Vaccination in the Punjab 1883-1896 - 1883-1896
Year: 1883
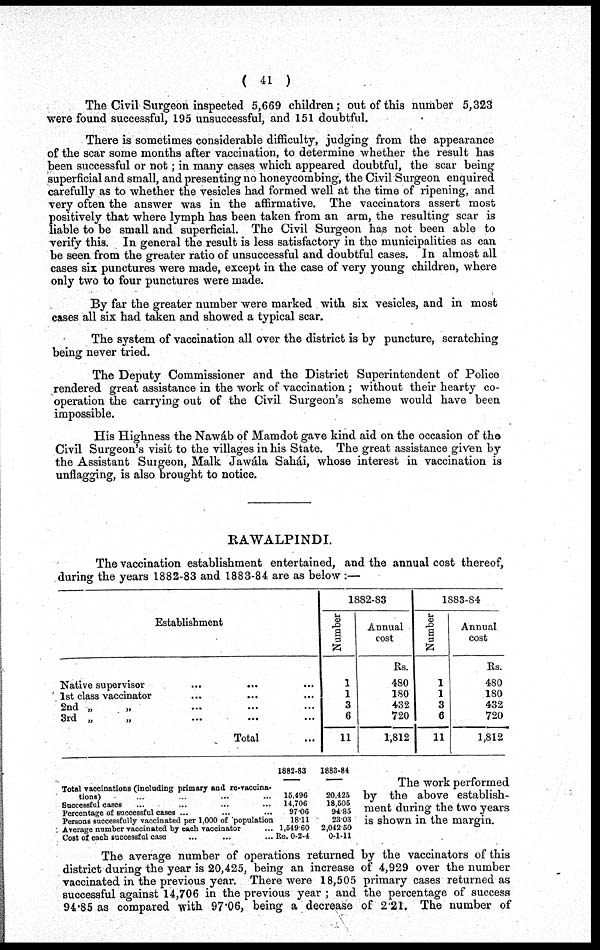
( 41 )
The Civil Surgeon inspected 5,669 children; out of this number 5,323
were found successful, 195 unsuccessful, and 151 doubtful.
There is sometimes considerable difficulty, judging from the appearance
of the scar some months after vaccination, to determine whether the result has
been successful or not; in many cases which appeared doubtful, the scar being
superficial and small, and presenting no honeycombing, the Civil Surgeon enquired
carefully as to whether the vesicles had formed well at the time of ripening, and
very often the answer was in the affirmative. The vaccinators assert most
positively that where lymph has been taken from an arm, the resulting scar is
liable to be small and superficial. The Civil Surgeon has not been able to
verify this. In general the result is less satisfactory in the municipalities as can
be seen from the greater ratio of unsuccessful and doubtful cases. In almost all
cases six punctures were made, except in the case of very young children, where
only two to four punctures were made.
By far the greater number were marked with six vesicles, and in most
cases all six had taken and showed a typical scar.
The system of vaccination all over the district is by puncture, scratching
being never tried.
The Deputy Commissioner and the District Superintendent of Police
rendered great assistance in the work of vaccination; without their hearty co-
operation the carrying out of the Civil Surgeon's scheme would have been
impossible.
His Highness the Nawáb of Mamdot gave kind aid on the occasion of the
Civil Surgeon's visit to the villages in his State. The great assistance given by
the Assistant Surgeon, Malk Jawála Sahái, whose interest in vaccination is
unflagging, is also brought to notice.
RAWALPINDI.
The vaccination establishment entertained, and the annual cost thereof,
during the years 1882-83 and 1883-84 are as below :—
Establishment
Native supervisor ... ... ...
1st class vaccinator ... ... ...
2nd „ „ ... ... ...
3rd „ „ ... ... ...
Total ...
1882-83
Number
1
1
3
6
11
Annual
cost
Rs.
480
180
432
720
1,812
1883-84
Number
1
1
3
6
11
Annual
cost
Rs.
480
180
432
720
1,812
Total vaccinations (including primary and re-vaccina¬
tions) ... ... ... ...
Successful cases ... ... ... ...
Percentage of successful cases ... ... ...
Persons successfully vaccinated per 1,000 of population
Average number vaccinated by each vaccinator ...
Cost of each successful case ... ... ...
1882-83
15,496
14,706
97.06
18.11
1,549.60
Re. 0-2-4
1883-84
20,425
18,505
94.85
23.03
2,042.50
0-1-11
The work performed
by the above establish-
ment during the two years
is shown in the margin.
The average number of operations returned by the vaccinators of this
district during the year is 20,425, being an increase of 4,929 over the number
vaccinated in the previous year. There were 18,505 primary cases returned as
successful against 14,706 in the previous year ; and the percentage of success
94.85 as compared with 97.06, being a decrease of 2.21. The number of